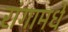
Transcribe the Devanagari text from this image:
रांगामधे